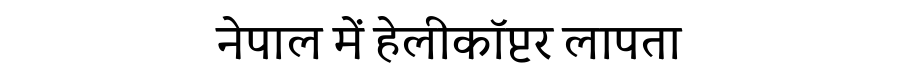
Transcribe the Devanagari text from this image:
नेपाल में हेलीकॉप्टर लापता